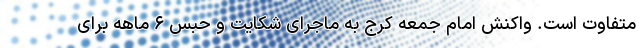
متفاوت است. واکنش امام جمعه کرج به ماجرای شکایت و حبس ۶ ماهه برای